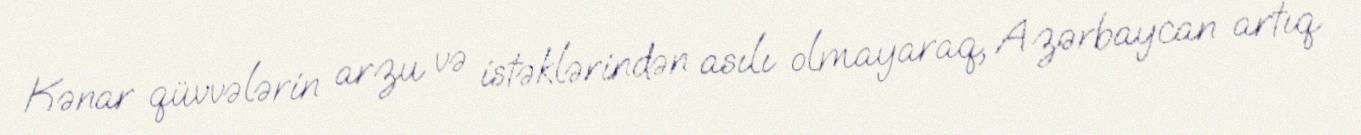
Kənar qüvvələrin arzu və istəklərindən asılı olmayaraq, Azərbaycan artıq